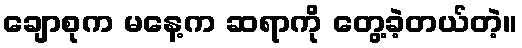
ချောစုက မနေ့က ဆရာကို တွေ့ခဲ့တယ်တဲ့။